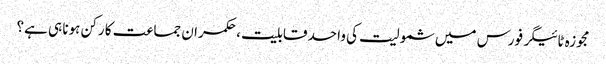
مجوزہ ٹائیگر فورس میں شمولیت کی واحد قابلیت ، حکمران جماعت کا رکن ہونا ہی ہے؟